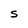
Character: S